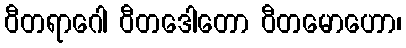
ဝီတရာဂေါ ဝီတဒေါတော ဝီတမောဟော၊